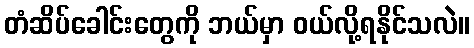
တံဆိပ်ခေါင်းတွေကို ဘယ်မှာ ဝယ်လို့ရနိုင်သလဲ။